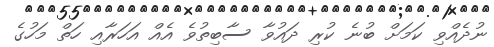
ނުދެއްވި ކަމަށް ބުނެ ކުރި ދައުވާ ސާބިތުވެ އެއް އަހަރާއި ހަތް މަހުގެ